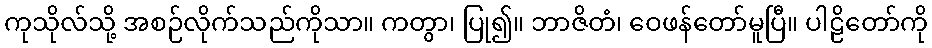
ကုသိုလ်သို့ အစဉ်လိုက်သည်ကိုသာ။ ကတွာ၊ ပြု၍။ ဘာဇိတံ၊ ဝေဖန်တော်မူပြီ။ ပါဠိတော်ကို